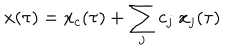
x ( \tau ) = x _ { c } ( \tau ) + \sum _ { j } c _ { j } \ x _ { j } ( \tau )